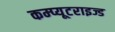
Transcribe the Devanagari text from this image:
कम्प्यूटराइज्ड